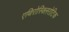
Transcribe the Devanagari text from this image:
एथिरोस्क्लिरोटिक